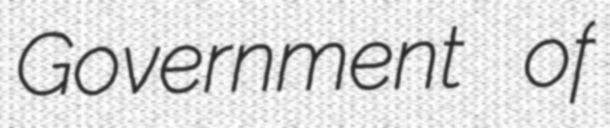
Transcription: Government of